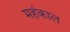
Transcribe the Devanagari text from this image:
महंकाल